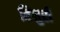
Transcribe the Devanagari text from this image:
तिमुरी